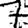
Digit: 7